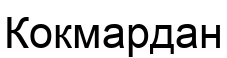
Кокмардан